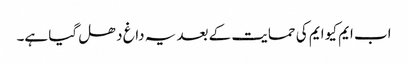
اب ایم کیو ایم کی حمایت کے بعد یہ داغ دھل گیا ہے۔